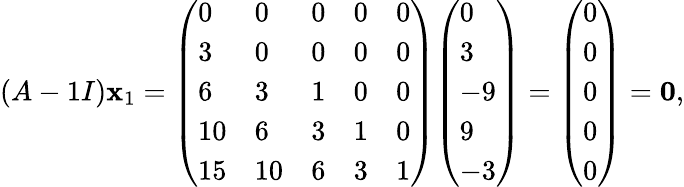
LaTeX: (A-1I)\mathbf{x}_{1}={\left(\begin{array}{lllll}{0}&{0}&{0}&{0}&{0}\\ {3}&{0}&{0}&{0}&{0}\\ {6}&{3}&{1}&{0}&{0}\\ {10}&{6}&{3}&{1}&{0}\\ {15}&{10}&{6}&{3}&{1}\end{array}\right)}{\left(\begin{array}{l}{0}\\ {3}\\ {-9}\\ {9}\\ {-3}\end{array}\right)}={\left(\begin{array}{l}{0}\\ {0}\\ {0}\\ {0}\\ {0}\end{array}\right)}=\mathbf{0},